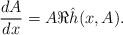
LaTeX: \begin{align*}\frac{dA}{dx} = A\Re\hat h(x,A).\end{align*}